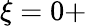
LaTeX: \xi=0+